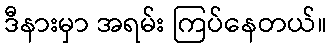
ဒီနားမှာ အရမ်း ကြပ်နေတယ်။